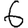
Digit: 6